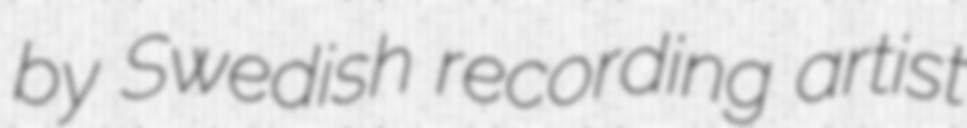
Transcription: by Swedish recording artist